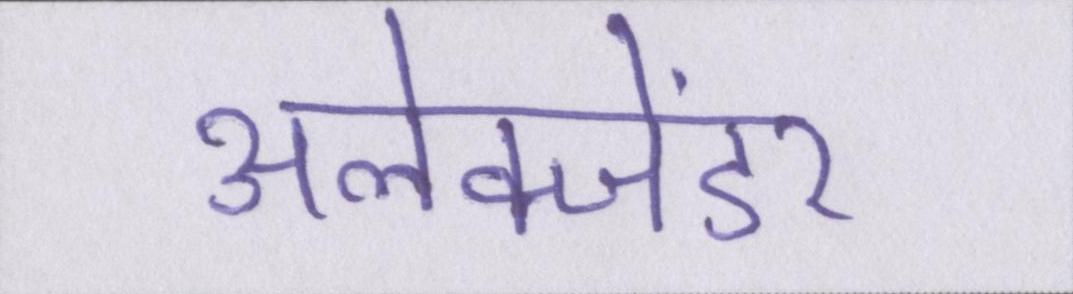
अलेक्जेंडर